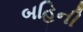
બહિની